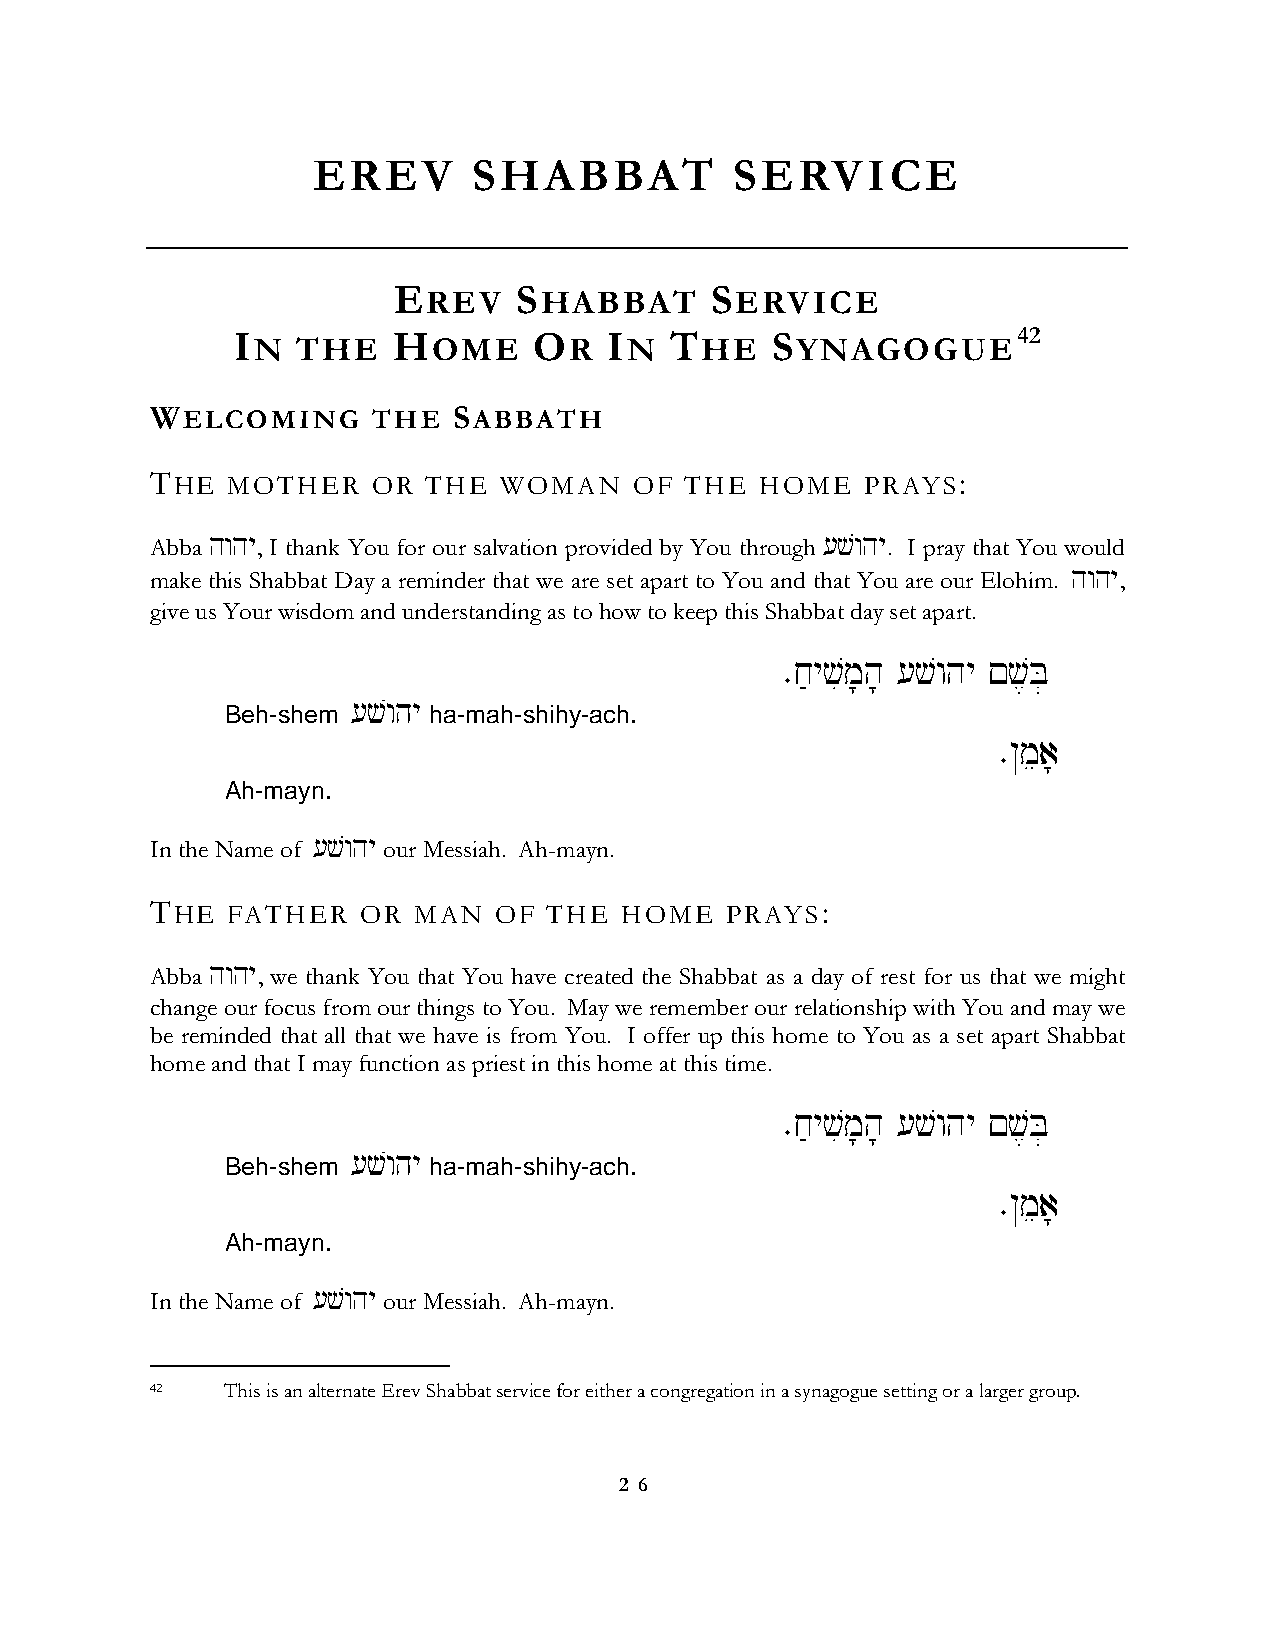
EREV      SHABBAT           SERVICE
 EREV    SHABBAT      SERVICE
 IN  THE   HOME     OR   IN  THE    SYNAGOGUE42
 WELCOMING      THE  SABBATH
 THE  MOTHER    OR THE  WOMAN    OF THE  HOME   PRAYS:
 Abba hwhy, I thank You for our salvation provided by You through [vwhy. I pray that You would
 make this Shabbat Day a reminder that we are set apart to You and that You are our Elohim. hwhy,
 give us Your wisdom and understanding as to how to keep this Shabbat day set apart.
 ∑j'yvim;h; [vwhy !v,B]
 [vwhy
 Beh-shem     ha-mah-shihy-ach.
 ∑@mea;
 Ah-mayn.
 In the Name of [vwhy our Messiah. Ah-mayn.
 THE  FATHER   OR MAN   OF THE  HOME   PRAYS:
 Abba hwhy, we thank You that You have created the Shabbat as a day of rest for us that we might
 change our focus from our things to You. May we remember our relationship with You and may we
 be reminded that all that we have is from You. I offer up this home to You as a set apart Shabbat
 home and that I may function as priest in this home at this time.
 ∑j'yvim;h; [vwhy !v,B]
 [vwhy
 Beh-shem     ha-mah-shihy-ach.
 ∑@mea;
 Ah-mayn.
 In the Name of [vwhy our Messiah. Ah-mayn.
 42   This is an alternate Erev Shabbat service for either a congregation in a synagogue setting or a larger group.
 2 6